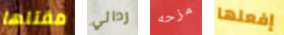
مقتلها ردائي مزحه إفعلها